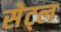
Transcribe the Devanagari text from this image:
सेट्ल